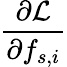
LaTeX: \frac{\partial\mathcal{L}}{\partial f_{s,i}}